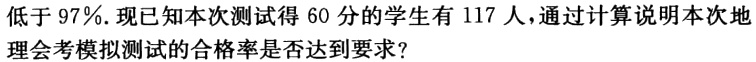
低于97％.现已知本次测试得60分的学生有117人，通过计算说明本次地理会考模拟测试的合格率是否达到要求？